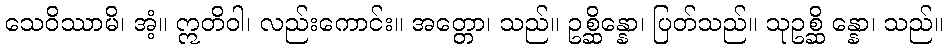
သေဝိဿာမိ၊ အံ့။ ဣတိဝါ၊ လည်းကောင်း။ အတ္တော၊ သည်။ ဥစ္ဆိန္နော၊ ပြတ်သည်။ သုဥစ္ဆိ န္နော၊ သည်။